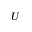
U